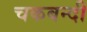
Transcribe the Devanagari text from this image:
चकबन्दी